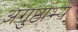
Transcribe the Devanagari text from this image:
अंगुष्ठाभ्यं